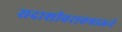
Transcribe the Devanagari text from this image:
सदाशीवरावभाऊने